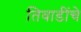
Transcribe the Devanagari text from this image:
तिवाडींचे